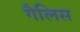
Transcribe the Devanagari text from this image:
गैलिस